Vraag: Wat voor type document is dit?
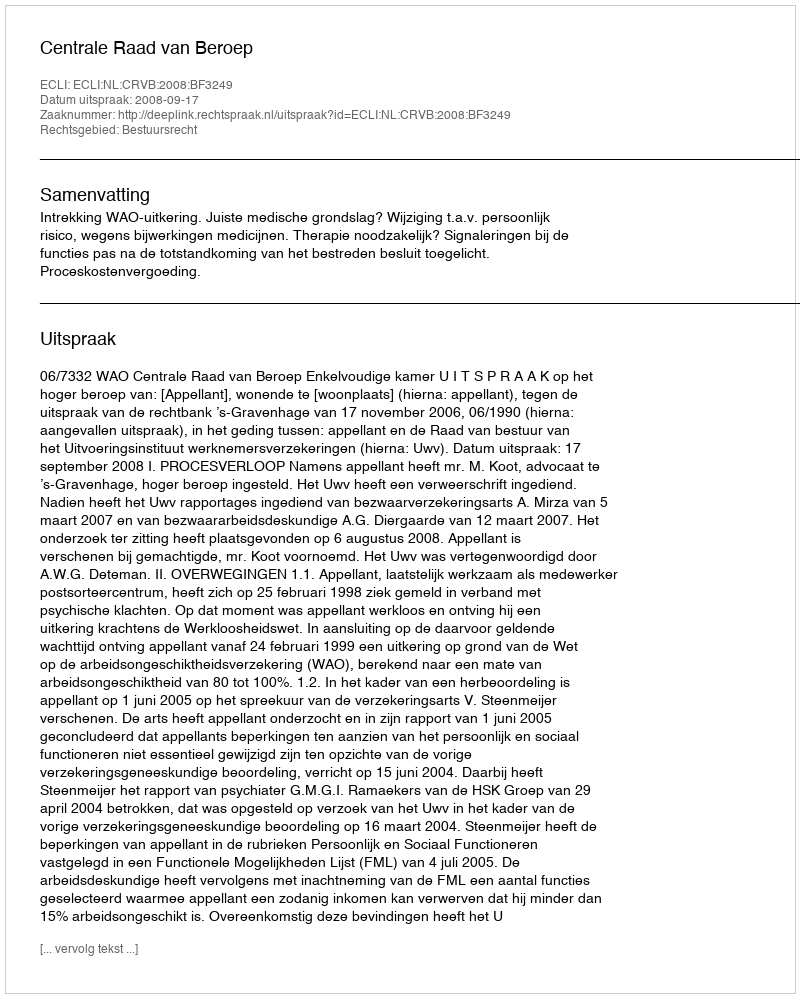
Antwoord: Uitspraak